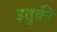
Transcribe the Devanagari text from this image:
इतुकी